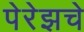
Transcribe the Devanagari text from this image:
पेरेझचे